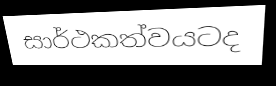
සාර්ථකත්වයටද